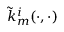
\tilde { k } _ { m } ^ { i } ( \cdot , \cdot )